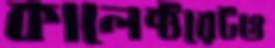
কালেক্টরেটও